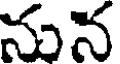
నున